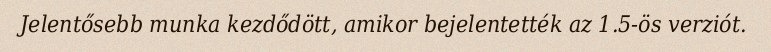
Jelentősebb munka kezdődött, amikor bejelentették az 1.5-ös verziót.